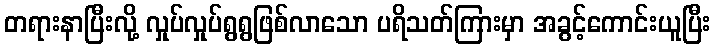
တရားနာပြီးလို့ လှုပ်လှုပ်ရွရွဖြစ်လာသော ပရိသတ်ကြားမှာ အခွင့်ကောင်းယူပြီး